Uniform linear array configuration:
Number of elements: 4
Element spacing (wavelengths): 0.25
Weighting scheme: exponential
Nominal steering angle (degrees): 0
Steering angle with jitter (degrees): -1.571
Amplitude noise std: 0.05
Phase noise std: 0.05

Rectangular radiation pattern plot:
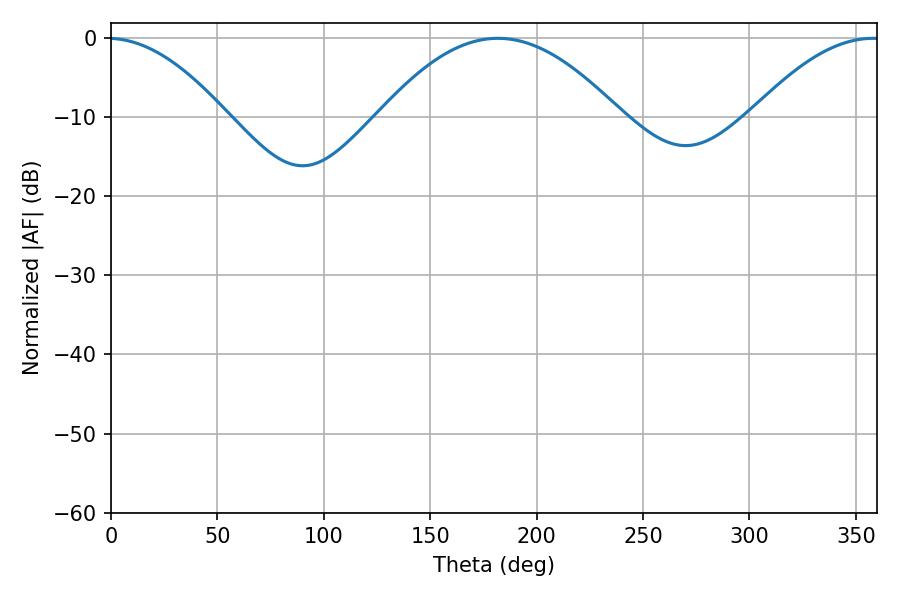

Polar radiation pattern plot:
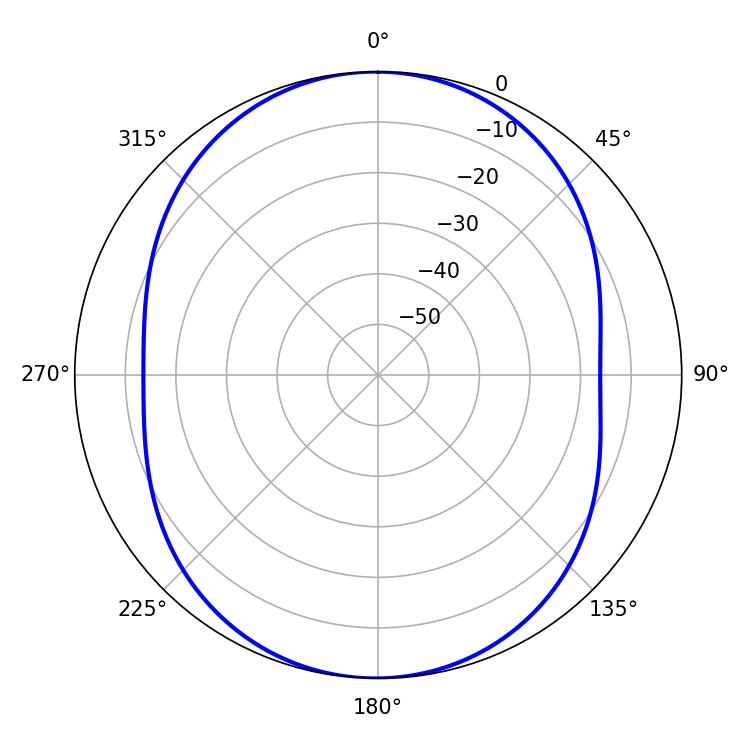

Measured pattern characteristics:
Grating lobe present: FALSE
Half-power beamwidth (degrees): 62.1
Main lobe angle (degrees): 181.8